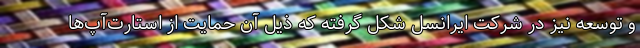
و توسعه نیز در شرکت ایرانسل شکل گرفته که ذیل آن حمایت از استارت‌آپ‌ها